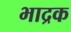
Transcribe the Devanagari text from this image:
भाद्रक